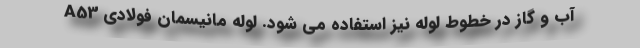
آب و گاز در خطوط لوله نیز استفاده می شود. لوله مانیسمان فولادی A53